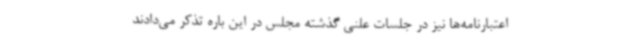
اعتبارنامه‌ها نیز در جلسات علنی گذشته مجلس در این باره تذکر می‌دادند